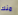
منك